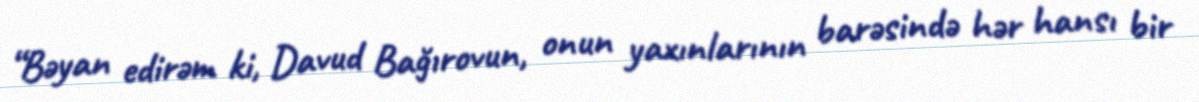
“Bəyan edirəm ki, Davud Bağırovun, onun yaxınlarının barəsində hər hansı bir